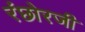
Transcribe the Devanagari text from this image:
रंछोरजी